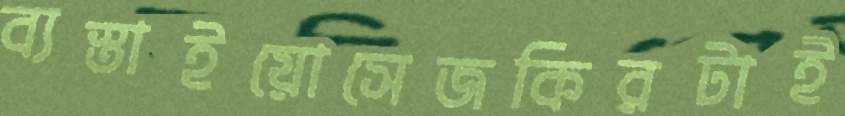
ব্যস্তাইয়োসেজকিরটাই